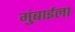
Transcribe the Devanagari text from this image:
मुंबाईला